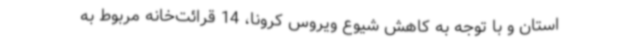
استان و با توجه به کاهش شیوع ویروس کرونا، 14 قرائت‌خانه مربوط به